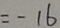
= - 1 6